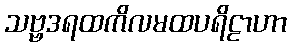
သဗ္ဗဒရထကိလမထပရိဠာဟာ